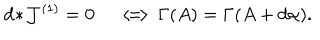
d \! \ast \! { \cal J } ^ { ( 1 ) } = 0 \quad \Longleftrightarrow \Gamma ( A ) = \Gamma ( A + d \alpha ) .